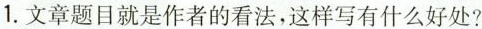
1.文章题目就是作者的看法，这样写有什么好处?